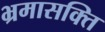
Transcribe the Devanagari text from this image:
भ्रमासक्‍ति